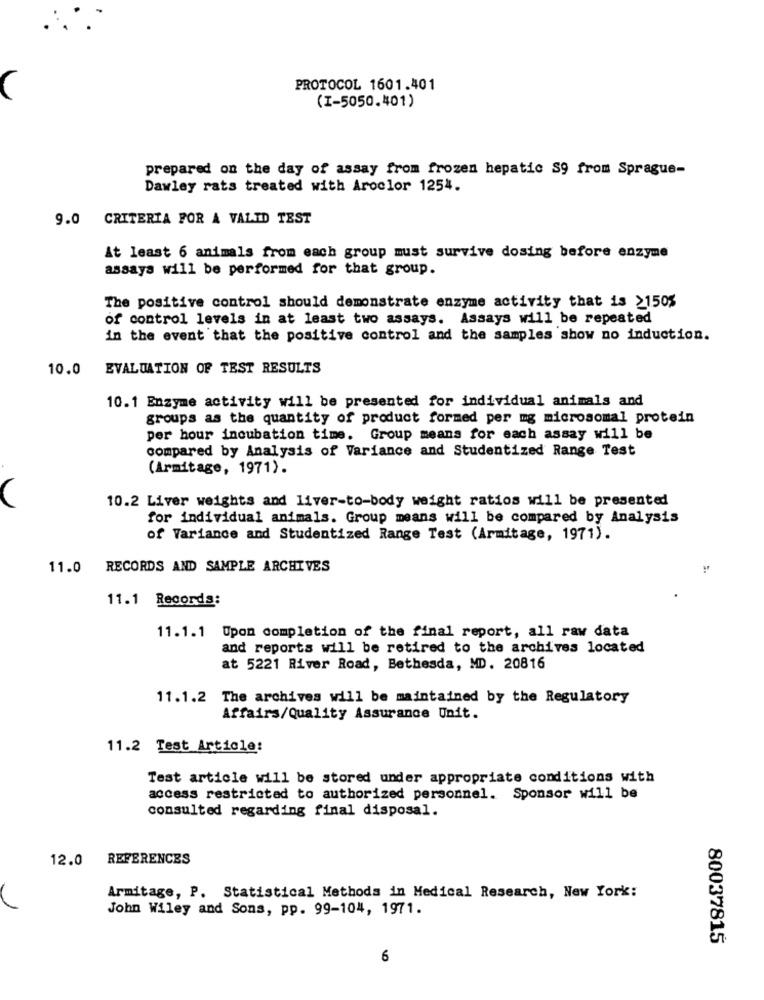
PROTOCOL 1601.401
(I-5050.401)
prepared on the day of assay from frozen hepatic S9 from Sprague-
Dawley rats treated with Aroclor 1254.
9.0 CRITERIA FOR A VALID TEST
At least 6 animals from each group must survive dosing before enzyme
assays will be performed for that group.
The positive control should demonstrate enzyme activity that is >1505
of control levels in at least two assays. Assays will be repeated
in the event that the positive control and the samples show no induction.
10.0
EVALUATION OF TEST RESULTS
10.1 Enzyme activity will be presented for individual animals and
groups as the quantity of product formed per mg microsomal protein
per hour incubation time. Group means for each assay will be
compared by Analysis of Variance and Studentized Range Test
(Armitage, 1971).
10.2 Liver weights and liver-to-body weight ratios will be presented
for individual animals. Group means will be compared by Analysis
of Variance and Studentized Range Test (Armitage, 1971).
11.0 RECORDS AND SAMPLE ARCHIVES
11.1 Records:
11.1.1 Upon completion of the final report, all raw data
and reports will be retired to the archives located
at 5221 River Road, Bethesda, MD. 20816
11.1.2 The archives will be maintained by the Regulatory
Affairs/Quality Assurance Unit.
11.2 Test Article:
Test article will be stored under appropriate conditions with
access restricted to authorized personnel. Sponsor will be
consulted regarding final disposal.
12.0 REFERENCES
Armitage, P. Statistical Methods in Medical Research, New York:
John Wiley and Sons, pp. 99-104, 1971.
80037815
6